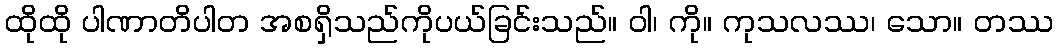
ထိုထို ပါဏာတိပါတ အစရှိသည်ကိုပယ်ခြင်းသည်။ ဝါ၊ ကို။ ကုသလဿ၊ သော။ တဿ